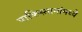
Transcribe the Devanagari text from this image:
पाकिस्तानांमध्ये